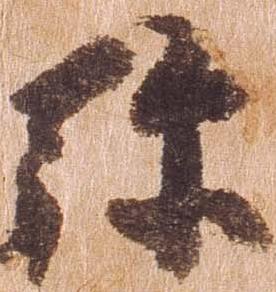
弥